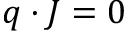
q \cdot J = 0